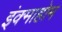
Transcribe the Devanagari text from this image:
इंक्माहोम